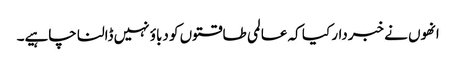
انھوں نے خبردار کیا کہ عالمی طاقتوں کو دباؤ نہیں ڈالنا چاہیے۔